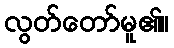
လွတ်တော်မူ၏။